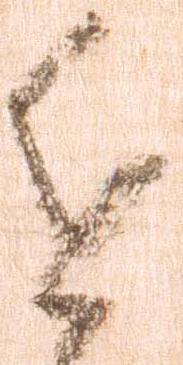
近